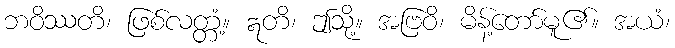
ဘဝိဿတိ၊ ဖြစ်လတ္တံ့။ ဣတိ၊ ဤသို့။ အဗြဝိ၊ မိန့်တော်မူ၏။ အယံ၊